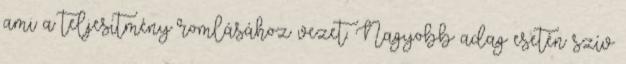
ami a teljesítmény romlásához vezet. Nagyobb adag esetén szív